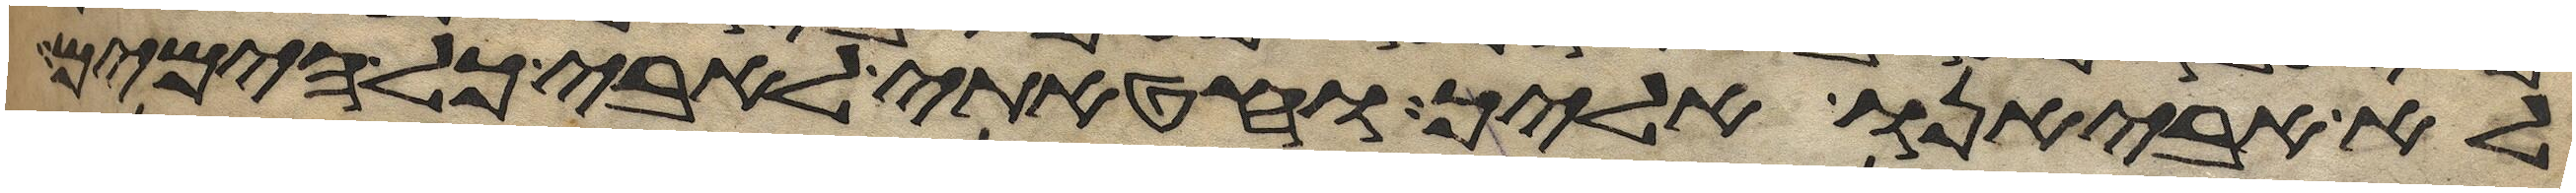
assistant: לא אביאנו אליך וחטאתי לאבי כל הימים